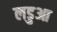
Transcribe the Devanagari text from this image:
लडुआ